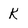
Character: K